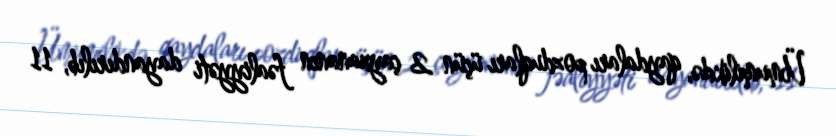
Ümumilikdə, qaydaları pozduqları üçün 2 çayxananın fəaliyyəti dayandırılıb, 11